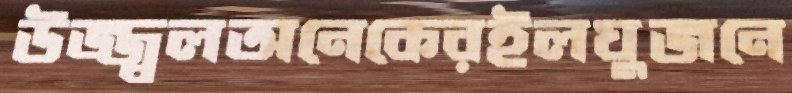
উজ্জ্বলঅনেকেরইলঘুজনে